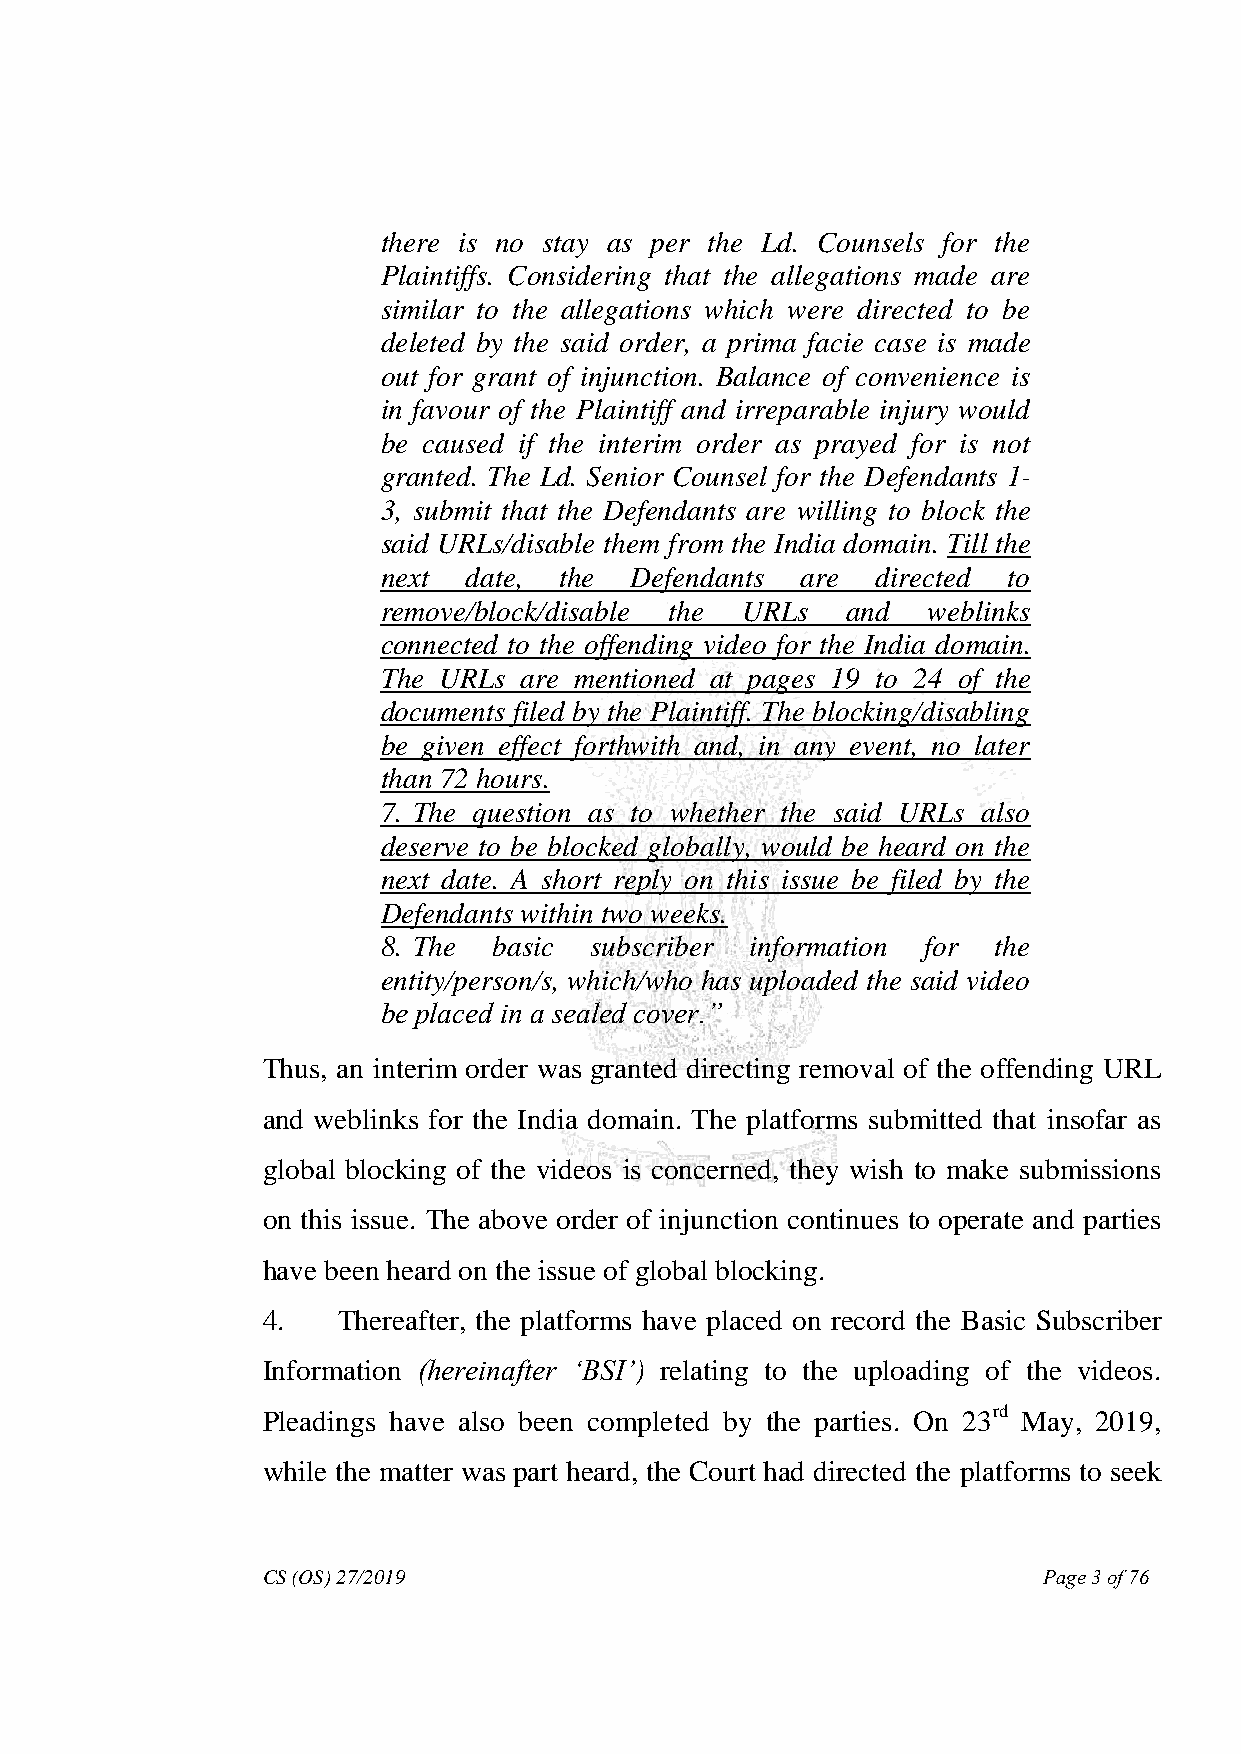
there is no stay as per the Ld. Counsels for the
 Plaintiffs. Considering that the allegations made are
 similar to the allegations which were directed to be
 deleted by the said order, a prima facie case is made
 out for grant of injunction. Balance of convenience is
 in favour of the Plaintiff and irreparable injury would
 be caused if the interim order as prayed for is not
 granted. The Ld. Senior Counsel for the Defendants 1-
 3, submit that the Defendants are willing to block the
 said URLs/disable them from the India domain. Till the
 next  date, the  Defendants are  directed to
 remove/block/disable the URLs  and  weblinks
 connected to the offending video for the India domain.
 The URLs are mentioned at pages 19 to 24 of the
 documents filed by the Plaintiff. The blocking/disabling
 be given effect forthwith and, in any event, no later
 than 72 hours.
 7. The question as to whether the said URLs also
 deserve to be blocked globally, would be heard on the
 next date. A short reply on this issue be filed by the
 Defendants within two weeks.
 8. The  basic subscriber information for the
 entity/person/s, which/who has uploaded the said video
 be placed in a sealed cover.‖
 Thus, an interim order was granted directing removal of the offending URL
 and weblinks for the India domain. The platforms submitted that insofar as
 global blocking of the videos is concerned, they wish to make submissions
 on this issue. The above order of injunction continues to operate and parties
 have been heard on the issue of global blocking.
 4.   Thereafter, the platforms have placed on record the Basic Subscriber
 Information (hereinafter ‗BSI‘) relating to the uploading of the videos.
 Pleadings have also been completed by the parties. On 23rd May, 2019,
 while the matter was part heard, the Court had directed the platforms to seek
 CS (OS) 27/2019                                     Page 3 of 76